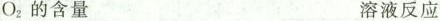
O_{2}的含量 溶液反应